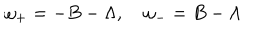
\omega _ { + } = - B - \Lambda , \quad \omega _ { - } = B - \Lambda